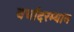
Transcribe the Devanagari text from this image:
चर्चांदरम्यान